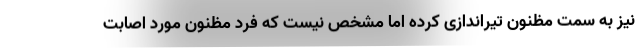
نیز به سمت مظنون تیراندازی کرده اما مشخص نیست که فرد مظنون مورد اصابت